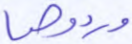
وردوها